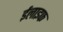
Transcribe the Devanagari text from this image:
ईलाइफ